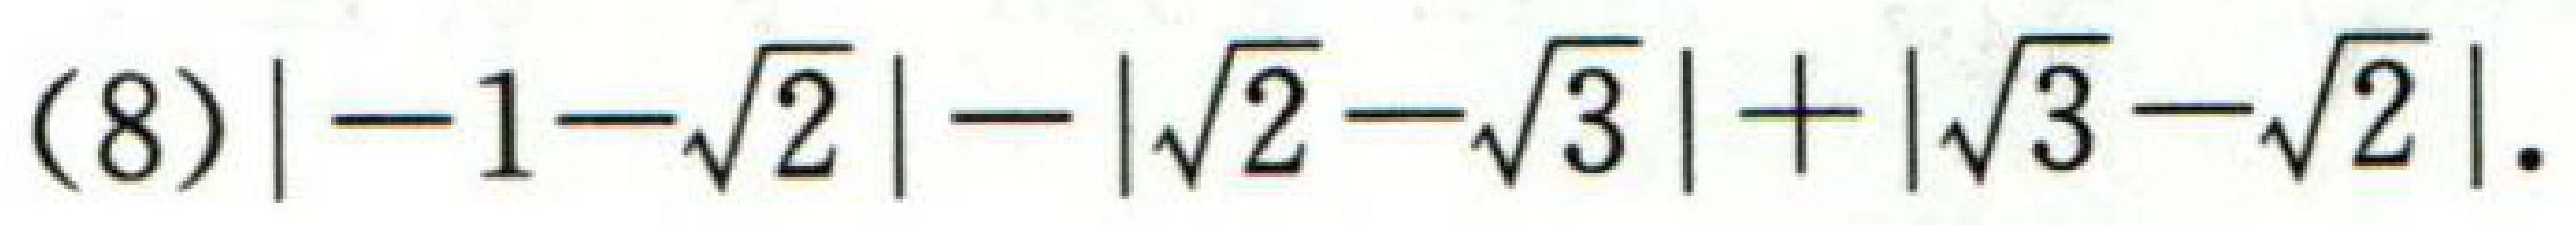
(8)$\vert -1 - \sqrt{2}\vert - \vert\sqrt{2} - \sqrt{3}\vert + \vert\sqrt{3} - \sqrt{2}\vert$